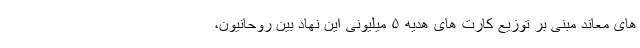
های معاند مبنی بر توزیع کارت های هدیه ۵ میلیونی این نهاد بین روحانیون،